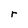
Character: r